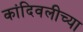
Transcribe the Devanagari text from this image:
कांदिवलीच्या